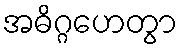
အဓိဂ္ဂဟေတွာ